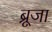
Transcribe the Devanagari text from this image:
ब्रूजा